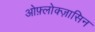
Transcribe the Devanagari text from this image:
ओफ़्लोक्ज़ासिन